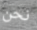
نحن